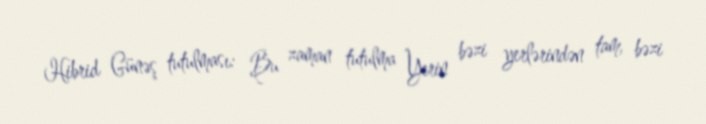
Hibrid Günəş tutulması: Bu zaman tutulma Yerin bəzi yerlərindən tam, bəzi